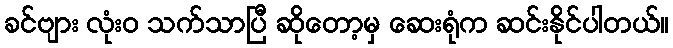
ခင်ဗျား လုံးဝ သက်သာပြီ ဆိုတော့မှ ဆေးရုံက ဆင်းနိုင်ပါတယ်။